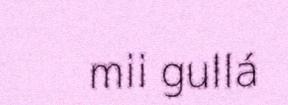
mii gullá